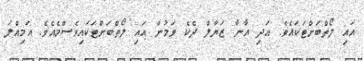
އައި ލޯތްބަށްޓަކައެވެ. އަދި އާނާ ޒަޔާލް ދެކެ ވަމުން އައި ލޯތްބަށްޓަކައިވެސްމެއެވެ. އަމިއްލަ